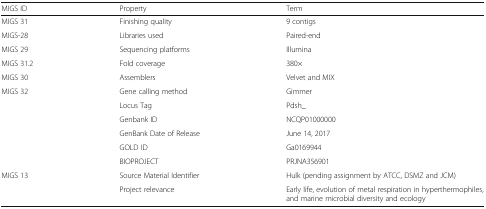
<table><thead><tr><td><b>MIGS ID</b></td><td><b>Property</b></td><td><b>Term</b></td></tr></thead><tbody><tr><td>MIGS 31</td><td>Finishing quality</td><td>9 contigs</td></tr><tr><td>MIGS-28</td><td>Libraries used</td><td>Paired-end</td></tr><tr><td>MIGS 29</td><td>Sequencing platforms</td><td>Illumina</td></tr><tr><td>MIGS 31.2</td><td>Fold coverage</td><td>380×</td></tr><tr><td>MIGS 30</td><td>Assemblers</td><td>Velvet and MIX</td></tr><tr><td>MIGS 32</td><td>Gene calling method</td><td>Gimmer</td></tr><tr><td>[EMPTY_CELL]</td><td>Locus Tag</td><td>Pdsh_</td></tr><tr><td>[EMPTY_CELL]</td><td>Genbank ID</td><td>NCQP01000000</td></tr><tr><td>[EMPTY_CELL]</td><td>GenBank Date of Release</td><td>June 14, 2017</td></tr><tr><td>[EMPTY_CELL]</td><td>GOLD ID</td><td>Ga0169944</td></tr><tr><td>[EMPTY_CELL]</td><td>BIOPROJECT</td><td>PRJNA356901</td></tr><tr><td>MIGS 13</td><td>Source Material Identifier</td><td>Hulk (pending assignment by ATCC, DSMZ and JCM)</td></tr><tr><td>[EMPTY_CELL]</td><td>Project relevance</td><td>Early life, evolution of metal respiration in hyperthermophiles, and marine microbial diversity and ecology</td></tr></tbody></table>